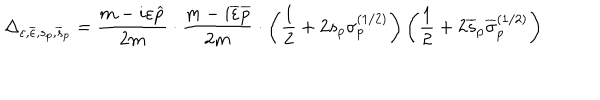
\Delta _ { \varepsilon , \overline { { { \varepsilon } } } , s _ { p } , \overline { { { s } } } _ { p } } = \frac { m - i \varepsilon \widehat { p } } { 2 m } \cdot \frac { m - i \overline { { { \varepsilon } } } \overline { { { p } } } } { 2 m } \cdot \left( \frac 1 2 + 2 s _ { p } \sigma _ { p } ^ { ( 1 / 2 ) } \right) \left( \frac 1 2 + 2 \overline { { { s } } } _ { p } \overline { { { \sigma } } } _ { p } ^ { ( 1 / 2 ) } \right)